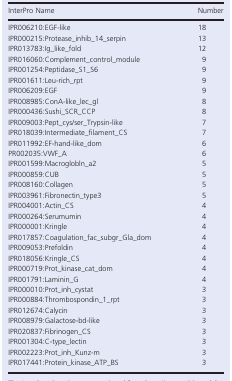
<table><thead><tr><td><b>InterPro Name</b></td><td><b>Number</b></td></tr></thead><tbody><tr><td>IPR006210:EGF-like</td><td>18</td></tr><tr><td>IPR000215:Protease_inhib_14_serpin</td><td>13</td></tr><tr><td>IPR013783:Ig_like_fold</td><td>12</td></tr><tr><td>IPR016060:Complement_control_module</td><td>9</td></tr><tr><td>IPR001254:Peptidase_S1_S6</td><td>9</td></tr><tr><td>IPR001611:Leu-rich_rpt</td><td>9</td></tr><tr><td>IPR006209:EGF</td><td>9</td></tr><tr><td>IPR008985:ConA-like_lec_gl</td><td>8</td></tr><tr><td>IPR000436:Sushi_SCR_CCP</td><td>8</td></tr><tr><td>IPR009003:Pept_cys/ser_Trypsin-like</td><td>7</td></tr><tr><td>IPR018039:Intermediate_filament_CS</td><td>7</td></tr><tr><td>IPR011992:EF-hand-like_dom</td><td>6</td></tr><tr><td>PR002035:VWF_A</td><td>6</td></tr><tr><td>IPR001599:Macroglobln_a2</td><td>5</td></tr><tr><td>IPR000859:CUB</td><td>5</td></tr><tr><td>IPR008160:Collagen</td><td>5</td></tr><tr><td>IPR003961:Fibronectin_type3</td><td>5</td></tr><tr><td>IPR004001:Actin_CS</td><td>4</td></tr><tr><td>IPR000264:Serumumin</td><td>4</td></tr><tr><td>IPR000001:Kringle</td><td>4</td></tr><tr><td>IPR017857:Coagulation_fac_subgr_Gla_dom</td><td>4</td></tr><tr><td>IPR009053:Prefoldin</td><td>4</td></tr><tr><td>IPR018056:Kringle_CS</td><td>4</td></tr><tr><td>IPR000719:Prot_kinase_cat_dom</td><td>4</td></tr><tr><td>IPR001791:Laminin_G</td><td>4</td></tr><tr><td>IPR000010:Prot_inh_cystat</td><td>3</td></tr><tr><td>IPR000884:Thrombospondin_1_rpt</td><td>3</td></tr><tr><td>IPR012674:Calycin</td><td>3</td></tr><tr><td>IPR008979:Galactose-bd-like</td><td>3</td></tr><tr><td>IPR020837:Fibrinogen_CS</td><td>3</td></tr><tr><td>IPR001304:C-type_lectin</td><td>3</td></tr><tr><td>IPR002223:Prot_inh_Kunz-m</td><td>3</td></tr><tr><td>IPR017441:Protein_kinase_ATP_BS</td><td>3</td></tr></tbody></table>